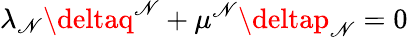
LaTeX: \lambda_{\mathscr{N}}\deltaq^{\mathscr{N}}+\mu^{\mathscr{N}}\deltap_{\mathscr{N}}=0